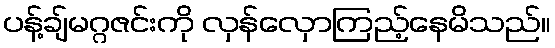
ပန့်ချ်မဂ္ဂဇင်းကို လှန်လှောကြည့်နေမိသည်။